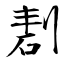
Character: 剨